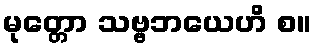
မုတ္တော သဗ္ဗဘယေဟိ စ။